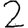
Digit: 2